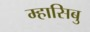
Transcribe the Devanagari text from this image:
म्हासिबु